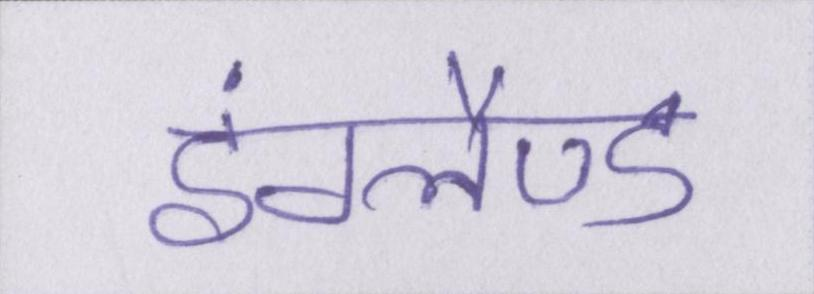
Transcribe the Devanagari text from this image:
इंग्लैण्ड